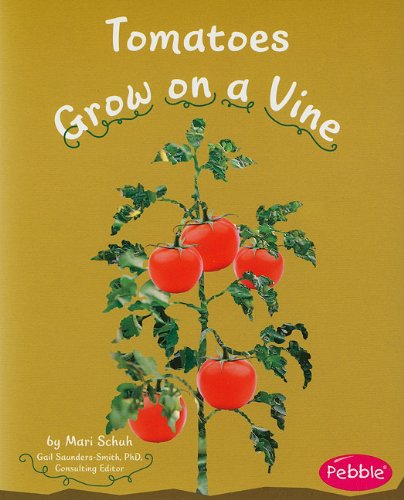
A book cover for Tomatoes Grow on a Vine (How Fruits and Vegetables Grow); Mari Schuh; Children's Books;